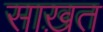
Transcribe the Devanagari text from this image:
साख़त